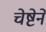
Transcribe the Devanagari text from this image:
चेष्टेने